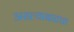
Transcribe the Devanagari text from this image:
असल्याबातचा